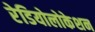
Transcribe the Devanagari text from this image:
रेडियोलोकेशन